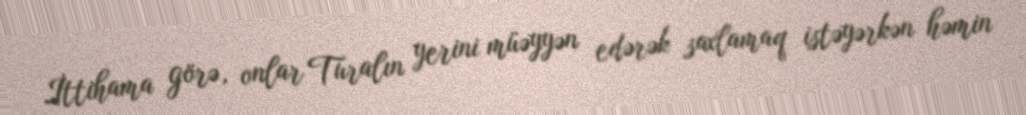
İttihama görə, onlar Turalın yerini müəyyən edərək saxlamaq istəyərkən həmin